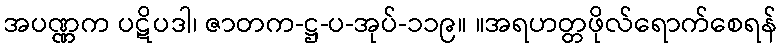
အပဏ္ဏက ပဋိပဒါ၊ ဇာတက-ဋ္ဌ-ပ-အုပ်-၁၁၉။ ။အရဟတ္တဖိုလ်ရောက်စေရန်